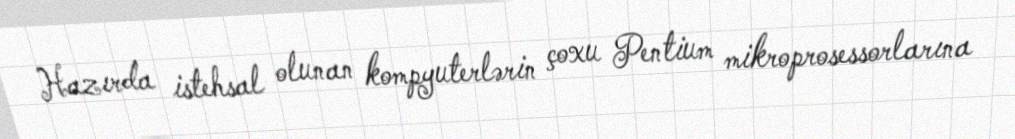
Hazırda istehsal olunan kompyuterlərin çoxu Pentium mikroprosessorlarına